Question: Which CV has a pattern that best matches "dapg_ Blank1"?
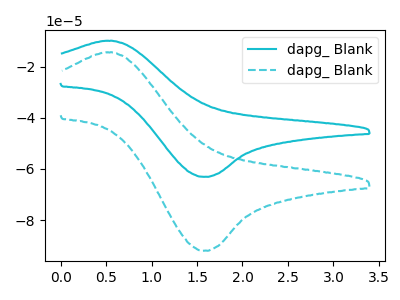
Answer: <think>The cyan curve "dapg_ Blank1" has an anodic peak at (0.50V, -9.85uA) and a cathodic peak at (1.55V, -63.10uA). The cyan dashed curve "dapg_ Blank2" has an anodic peak at (0.50V, -14.35uA) and a cathodic peak at (1.55V, -92.00uA).
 All the peaks in "dapg_ Blank1" have a peak in "dapg_ Blank2" at the same potential.</think>
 <answer>The CV with the most similar shape to "dapg_ Blank2" is "dapg_ Blank1".</answer>
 <eval>"dapg_ Blank1"</eval>